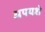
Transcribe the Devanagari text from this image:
अपयशे